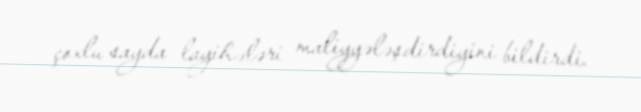
çoxlu sayda layihələri maliyyələşdirdiyini bildirdi.